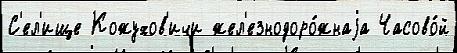
С'ел'ище Кожухов'ичи жел'езнодоро́жнаjа Часово́й